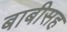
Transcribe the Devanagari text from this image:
बाबीसह